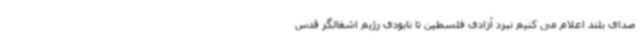
صدای بلند اعلام می کنیم نبرد آزادی فلسطین تا نابودی رژیم اشغالگر قدس